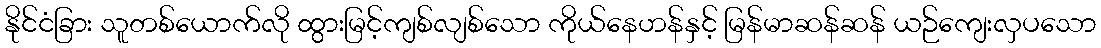
နိုင်ငံခြား သူတစ်ယောက်လို ထွားမြင့်ကျစ်လျစ်သော ကိုယ်နေဟန်နှင့် မြန်မာဆန်ဆန် ယဉ်ကျေးလှပသော